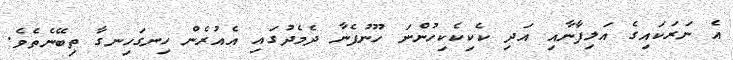
އެ ނަރަކައިގެ އަލިފާނާއި އަދި ކެކިކެކިހުންނަ ހޫނުފެނާ ދެމެދުގައި އެއުރެން ހިނގަހިނގާ ތިބޭނެތެވެ.